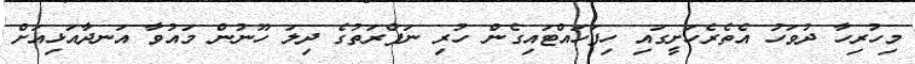
މިހުރިހާ ދުވަހު އެތެރެހަށީގައި ހިފަހައްޓަައިގެން ހުރި ނަފްރަތުގެ ދިލަ ހޫނުން މައުވާ އަނދާއަޅިއަށް